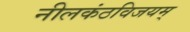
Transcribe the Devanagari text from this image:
नीलकंठविजयम्